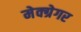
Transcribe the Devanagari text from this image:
मेक्ग्रेगर